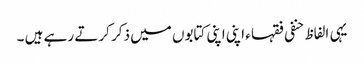
یہی الفاظ حنفی فقہا ء اپنی اپنی کتابوں میں ذکر کرتے رہے ہیں ۔